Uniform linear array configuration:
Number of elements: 16
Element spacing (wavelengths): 0.75
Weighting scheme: binomial
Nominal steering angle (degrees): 0
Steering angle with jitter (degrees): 1.216
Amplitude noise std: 0.05
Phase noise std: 0.05

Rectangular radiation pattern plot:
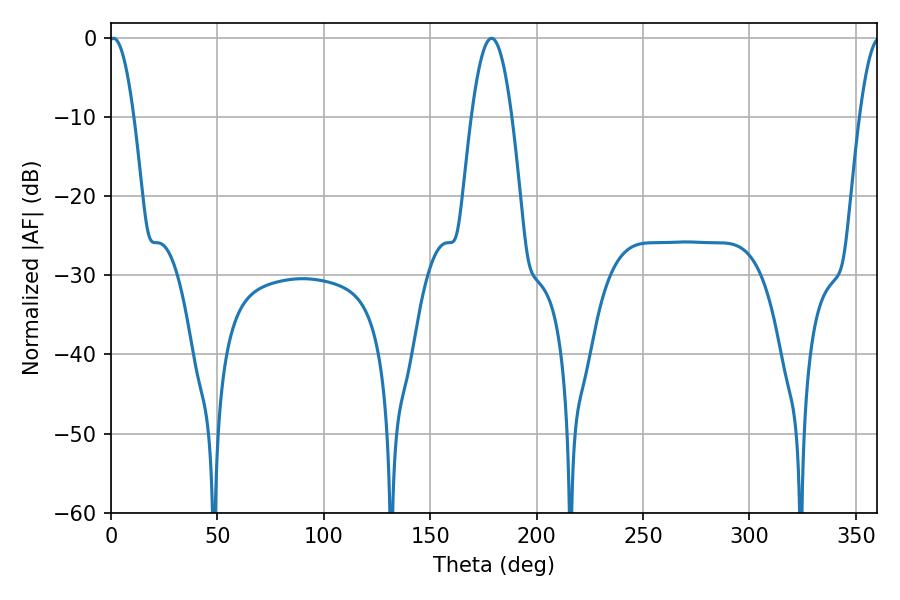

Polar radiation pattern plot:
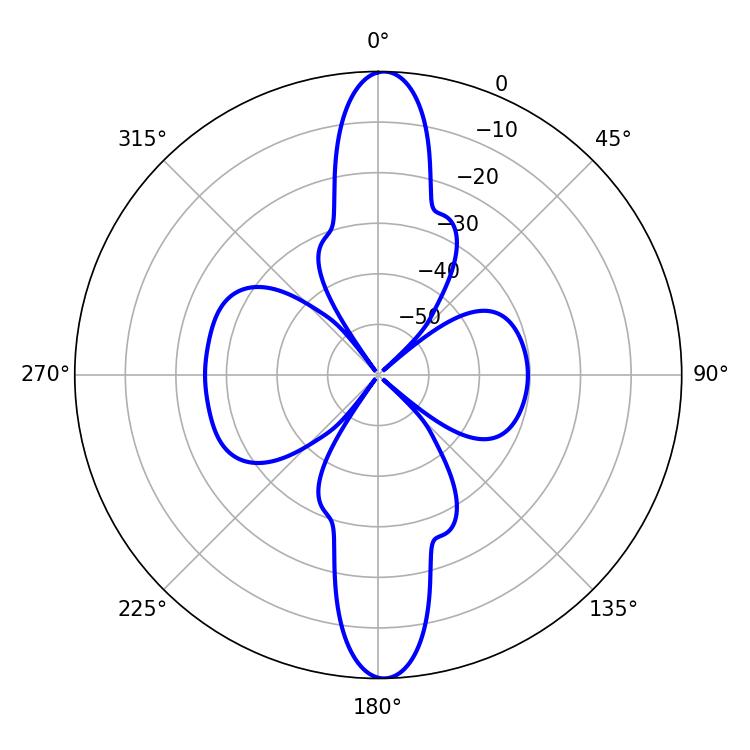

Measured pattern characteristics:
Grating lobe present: TRUE
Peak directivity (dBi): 24.943
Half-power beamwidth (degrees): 6.3
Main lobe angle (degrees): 1.26